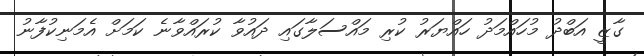
ގާޒީ އަބްދު މުހައްމަދު ހައްޔަރު ކުރި މައްސަލާގައި ދައުވާ ކުރައްވާނެ ކަމަށް އެމަނިކުފާނު